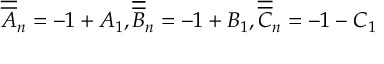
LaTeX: \overline { { { \overline { { A } } } } } _ { n } = - 1 + A _ { 1 } , \overline { { { \overline { { B } } } } } _ { n } = - 1 + B _ { 1 } , \overline { { { \overline { { C } } } } } _ { n } = - 1 - C _ { 1 }